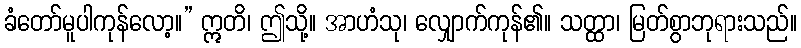
ခံတော်မူပါကုန်လော့။” ဣတိ၊ ဤသို့။ အာဟံသု၊ လျှောက်ကုန်၏။ သတ္ထာ၊ မြတ်စွာဘုရားသည်။